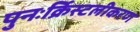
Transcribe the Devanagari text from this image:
पुनःर्क्रिस्टलीकरण